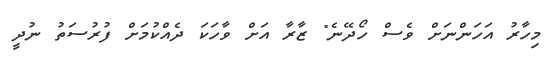
މިހާރު އަހަންނަށް ވެސް ހޯދޭނެ" ޒާރާ އަށް ވާހަކަ ދެއްކުމަށް ފުރުސަތު ނުދީ